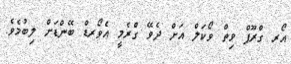
އޯރ ގްރޫޕް ވިތް ވޯކަލް އަށް ދެވޭ ގްރެމީ އެވޯރޑް ބޭންޑަށް ލިބުމެވެ.